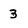
Character: 3